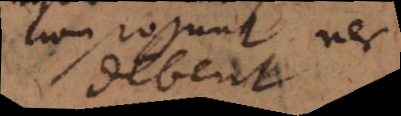
non possunt nec